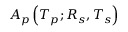
A _ { p } \left( T _ { p } ; R _ { s } , T _ { s } \right)